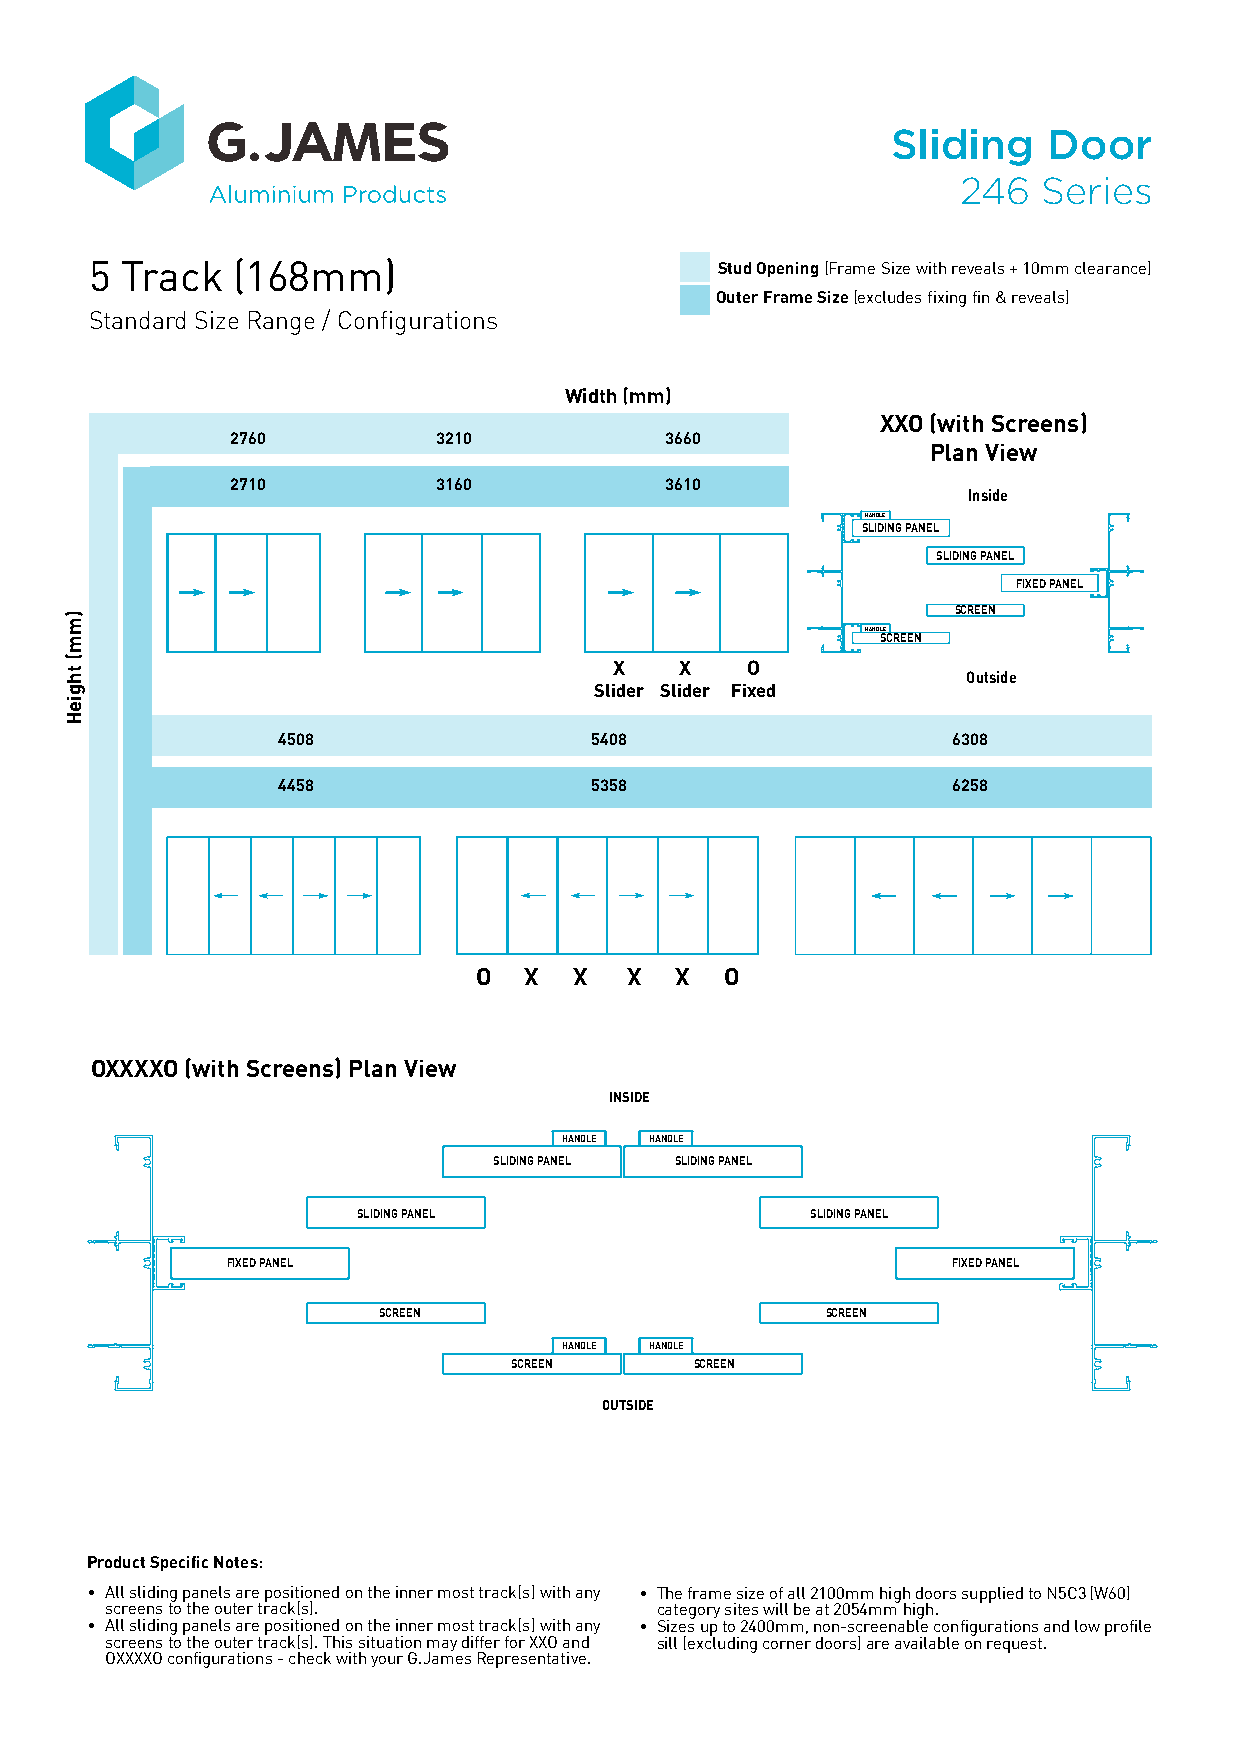
Sliding   Door
 246  Series
 5 Track  (168mm)                          Stud Opening (Frame Size with reveals + 10mm clearance)
 Outer Frame Size (excludes fixing fin & reveals)
 Standard Size Range / Configurations
 Width (mm)
 XXO (with Screens)
 2760          3210           3660
 Plan View
 2710          3160           3610
 Inside
 HANDLE
 SLIDING PANEL
 SLIDING PANEL
 FIXED PANEL
 SCREEN
 HANDLSECREEN
 X   X   O              Outside
 Slider Slider Fixed
 4508                 5408                    6308
 4458                 5358                    6258
 OXXXXO (with Screens) Plan View
 INSIDE
 HANDLE HANDLE
 SLIDING PANEL SLIDING PANEL
 SLIDING PANEL                 SLIDING PANEL
 FIXED PANEL                                     FIXED PANEL
 SCREEN                        SCREEN
 HANDLE HANDLE
 SCREEN      SCREEN
 OUTSIDE
 Product Specific Notes:
 • All sliding panels are positioned on the inner most track(s) with any • The frame size of all 2100mm high doors supplied to N5C3 (W60)
 screens to the outer track(s).      category sites will be at 2054mm high.
 • All sliding panels are positioned on the inner most track(s) with any • Sizes up to 2400mm, non-screenable configurations and low profile
 screens to the outer track(s). This situation may differ for XXO and sill (excluding corner doors) are available on request.
 OXXXXO configurations - check with your G.James Representative.
 )mm(
 thgieH
 O  X  X   X  X  O